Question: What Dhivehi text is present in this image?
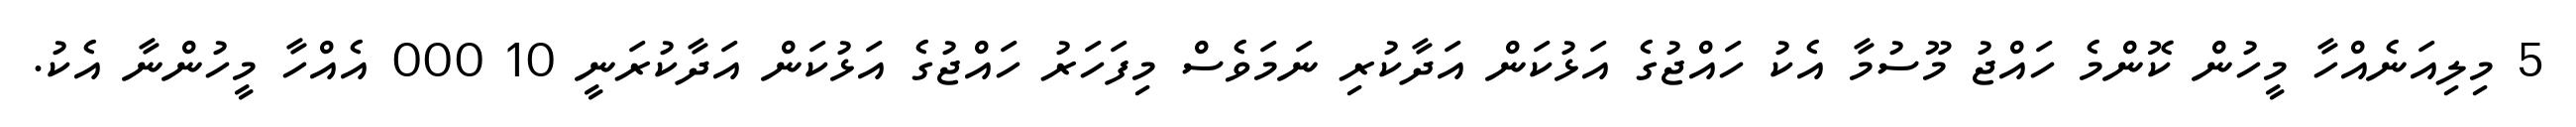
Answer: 5 މިލިއަނެއްހާ މީހުން ކޮންމެ ހައްޖު މޫސުމާ އެކު ހައްޖުގެ އަޅުކަން އަދާކުރި ނަމަވެސް މިފަހަރު ހައްޖުގެ އަޅުކަން އަދާކުރަނީ 10 000 އެއްހާ މީހުންނާ އެކު.